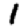
Digit: 1